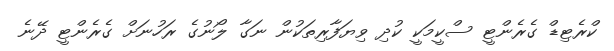
ކްރެޓިޑް ގެރެންޓީ ސްކީމަކީ ކުދި ވިޔަފާރިތަކުން ނަގާ ލޯނުގެ ރަހުނަށް ގެރެންޓީ ދޭނެ